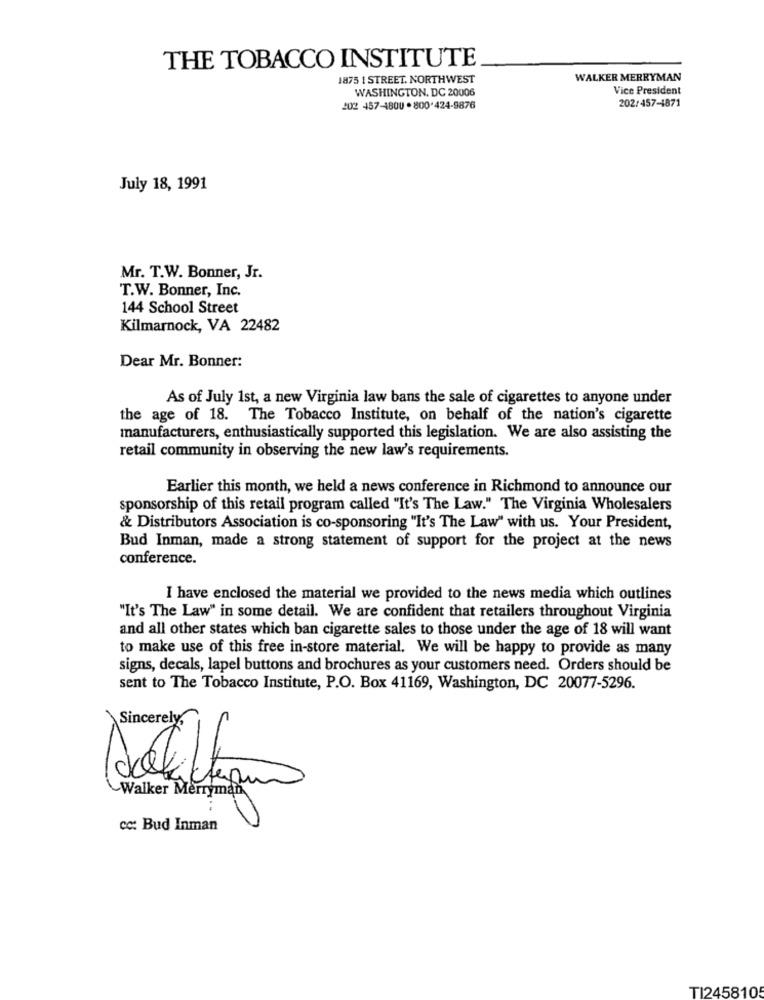
THE TOBACCO INSTITUTE
1875 1 STREET. NORTHWEST
WALKER MERRYMAN
WASHINGTON, DC 20006
Vice President
202 457-4800 .800424-9876
202/457-4871
July 18, 1991
Mr. T.W. Bonner, Jr.
T.W. Bonner, Inc.
144 School Street
Kilmarnock, VA 22482
Dear Mr. Bonner:
As of July 1st, a new Virginia law bans the sale of cigarettes to anyone under
the age of 18. The Tobacco Institute, on behalf of the nation's cigarette
manufacturers, enthusiastically supported this legislation. We are also assisting the
retail community in observing the new law's requirements.
Earlier this month, we held a news conference in Richmond to announce our
sponsorship of this retail program called "It's The Law." The Virginia Wholesalers
& Distributors Association is co-sponsoring "It's The Law" with us. Your President,
Bud Inman, made a strong statement of support for the project at the news
conference.
I have enclosed the material we provided to the news media which outlines
"It's The Law" in some detail. We are confident that retailers throughout Virginia
and all other states which ban cigarette sales to those under the age of 18 will want
to make use of this free in-store material. We will be happy to provide as many
signs, decals, lapel buttons and brochures as your customers need. Orders should be
sent to The Tobacco Institute, P.O. Box 41169, Washington, DC 20077-5296.
Sincerely,
-
Walker Merryman
cc: Bud Inman
TI2458105